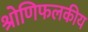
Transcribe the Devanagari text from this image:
श्रोणिफलकीय